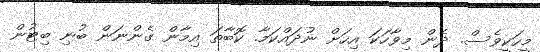
މީހަކީވެސް. ދެން މިވާހަކަ އިހަށް ނުދައްކަމާ. ކޮބާތަ އިމާން ގެންނަން ބުނި ބިޓުން